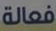
فعالة